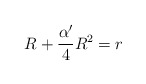
\begin{align*}R+\frac{\alpha'}{4}R^2=r \end{align*}